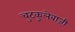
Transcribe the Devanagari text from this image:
चुटकुलेबाजी